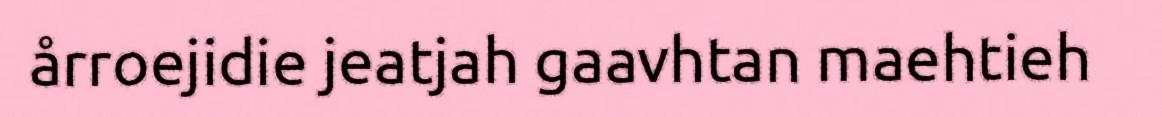
årroejidie jeatjah gaavhtan maehtieh